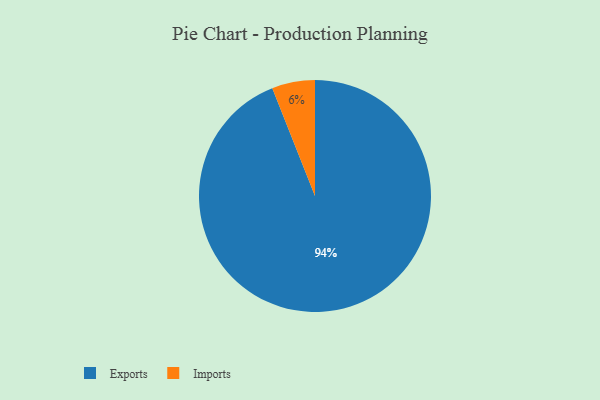
{"axis": {"x": "Category", "y": "Percentage"}, "legend": ["Exports", "Imports"], "data": [{"x": "Exports", "y": 94, "type": "Exports"}, {"x": "Imports", "y": 6, "type": "Imports"}]}